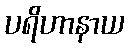
ပရိဟာနာယ